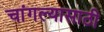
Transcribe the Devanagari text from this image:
चांगल्यासाठी